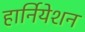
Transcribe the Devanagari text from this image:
हार्नियेशन